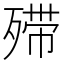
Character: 𣨼